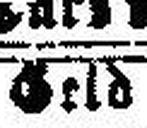
Geld